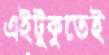
এইটুকুতেই